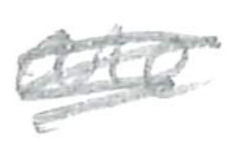
Text: are
Cross-out: scratch
Writing tool: pencil